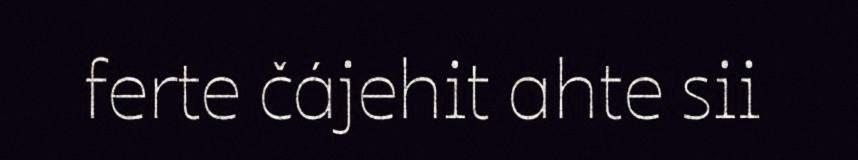
ferte čájehit ahte sii